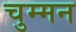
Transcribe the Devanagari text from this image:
चुम्मन